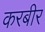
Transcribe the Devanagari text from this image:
करबीर